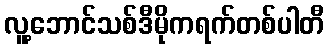
လူ့ဘောင်သစ်ဒီမိုကရက်တစ်ပါတီ